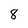
Character: 8